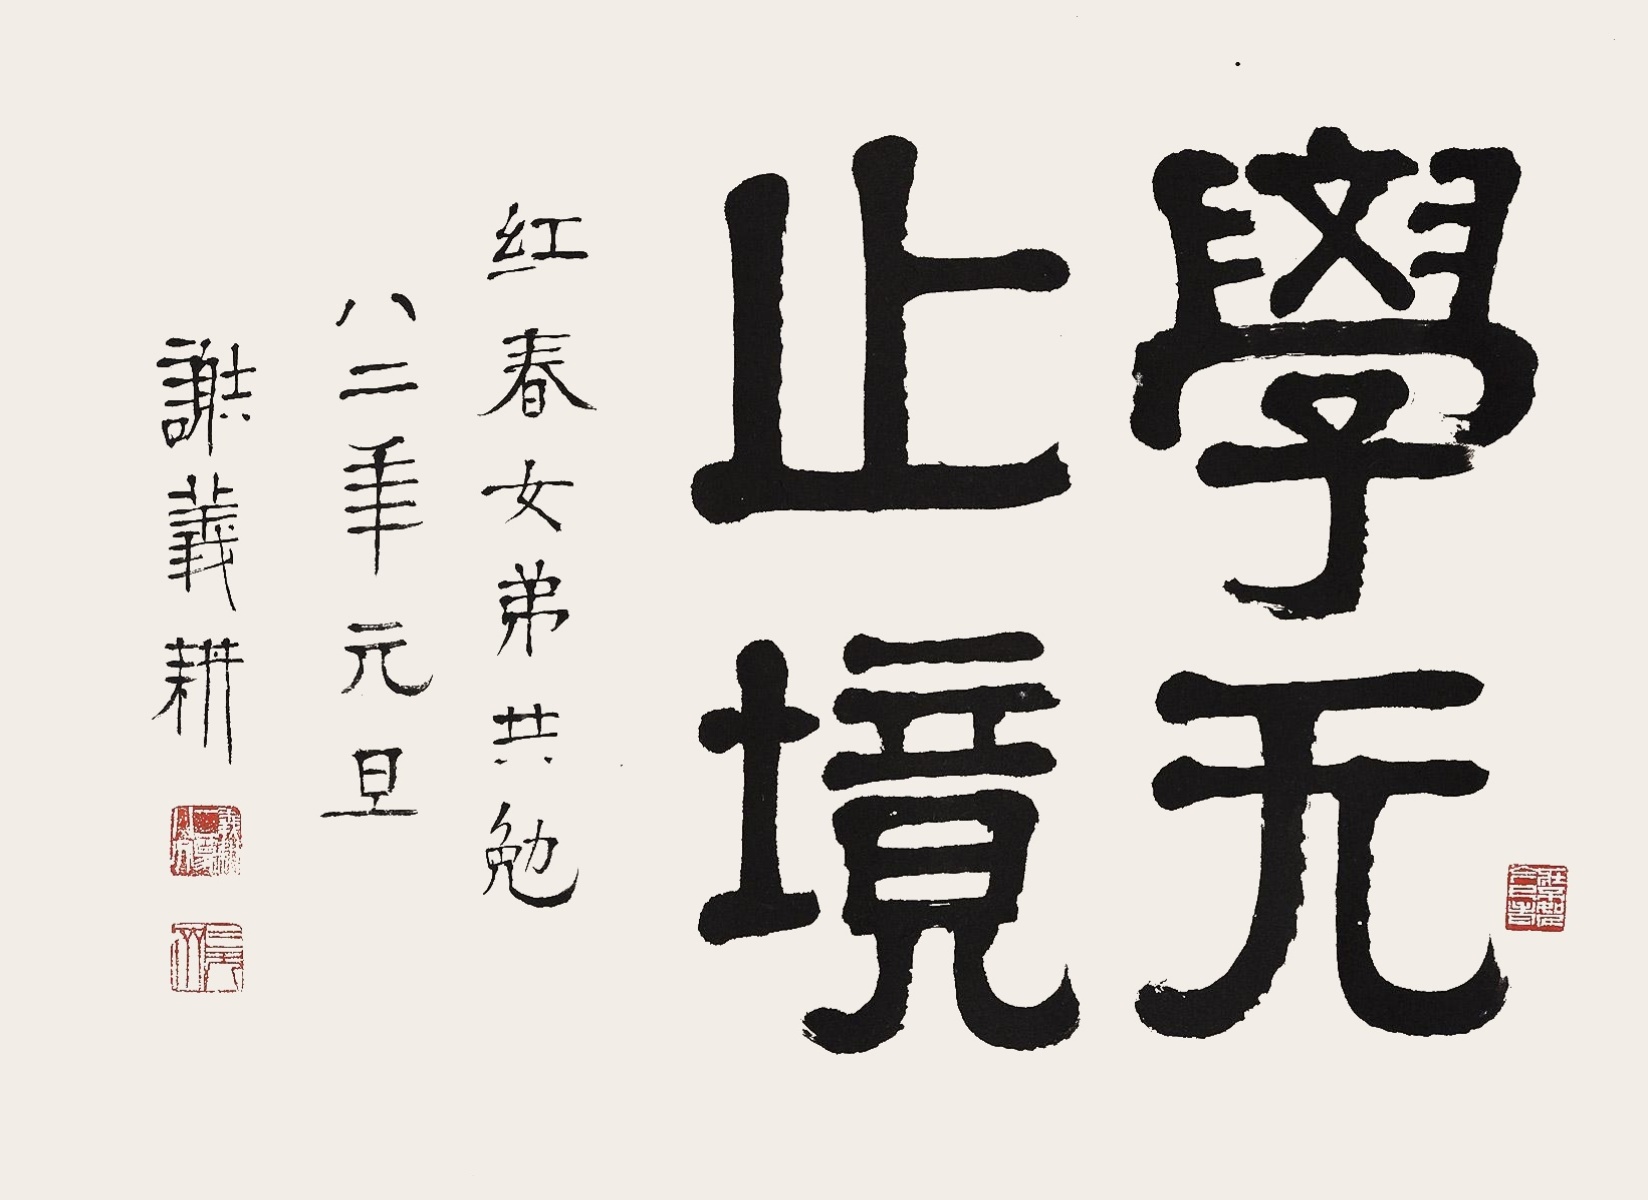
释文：学无止境红春女弟共勉八二年元旦谢义耕。